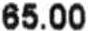
65.00